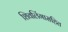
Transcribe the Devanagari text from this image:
शिवलिंगासहित